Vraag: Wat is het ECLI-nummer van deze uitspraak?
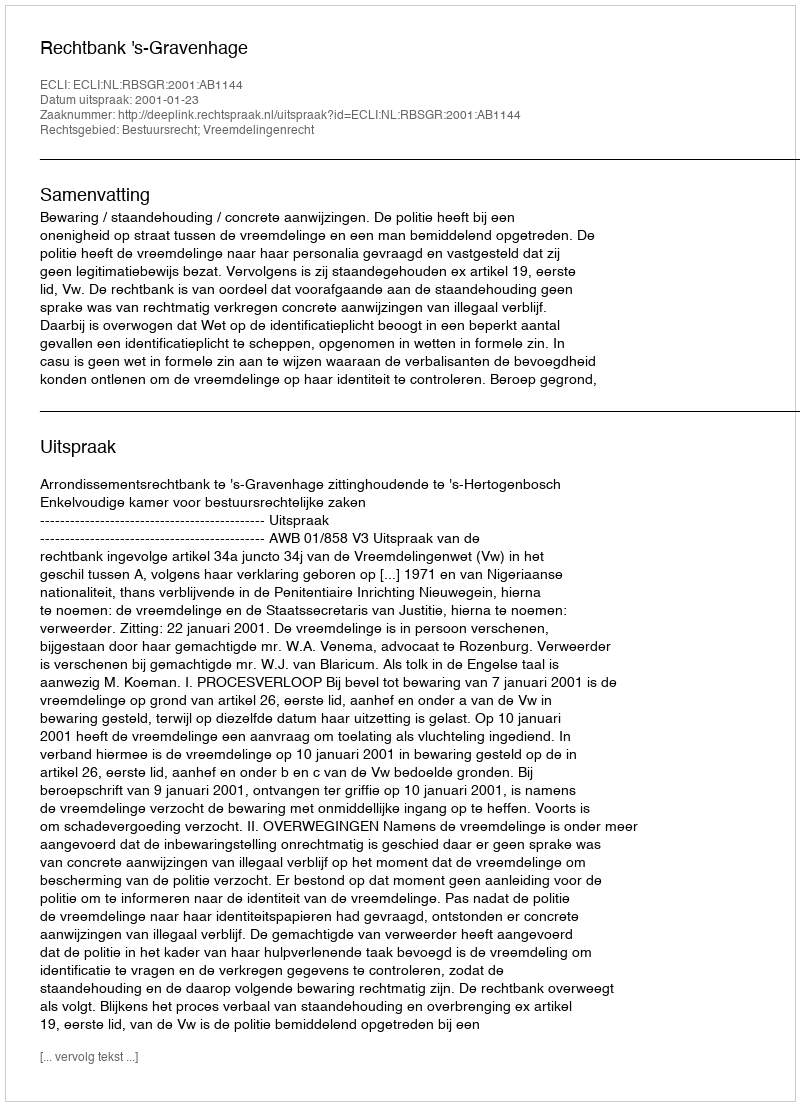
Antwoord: ECLI:NL:RBSGR:2001:AB1144